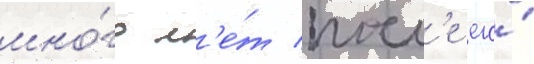
мно́го л'е́т посл'е его́